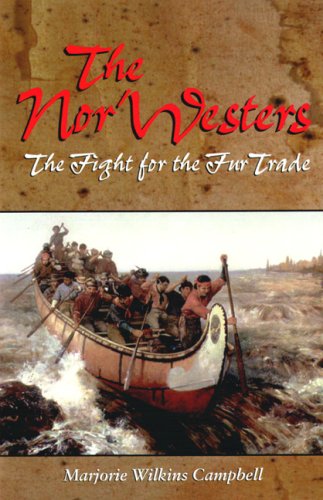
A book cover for The Nor'Westers: The Fight for the Fur Trade; Marjorie Wilkins Campbell; Teen & Young Adult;